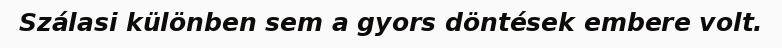
Szálasi különben sem a gyors döntések embere volt.